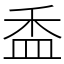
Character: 盉